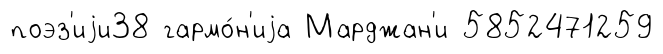
поэз'иjи38 гармо́н'иjа Марджан'и 5852471259